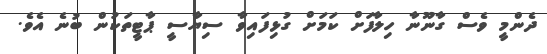
ދެންމީ ވެސް ގާނޫނާ ހިލާފަށް ކަމަށް ގުޅިފައިވާ ސިޔާސީ ޕާޓީތަކުން ބުނެ އެވެ.